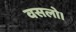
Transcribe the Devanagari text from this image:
वसलो।